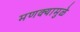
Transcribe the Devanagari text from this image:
मणक्यामुळे